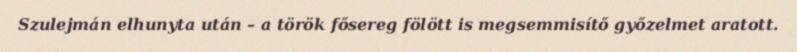
Szulejmán elhunyta után – a török fősereg fölött is megsemmisítő győzelmet aratott.